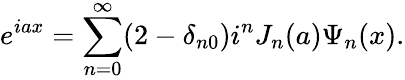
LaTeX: e^{iax}=\sum_{n=0}^{\infty}(2-\delta_{n0})i^{n}J_{n}(a)\Psi_{n}(x).